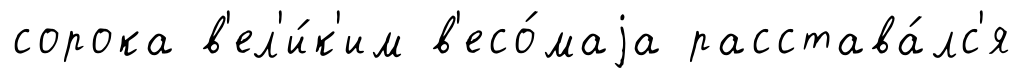
сорока в'ел'и́к'им в'есо́маjа расстава́лс'я